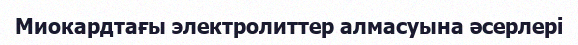
Миокардтағы электролиттер алмасуына əсерлері